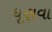
ધૂણવા